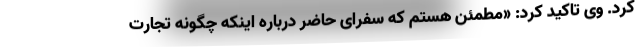
کرد. وی تاکید کرد: «مطمئن هستم که سفرای حاضر درباره اینکه چگونه تجارت